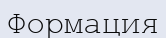
Формация